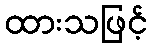
ထားသဖြင့်